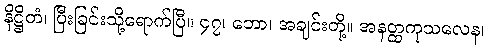
နိဋ္ဌိတံ၊ ပြီးခြင်းသို့ရောက်ပြီ။ ၄၇၊ ဘော၊ အချင်းတို့။ အနတ္ထကုသလေန၊